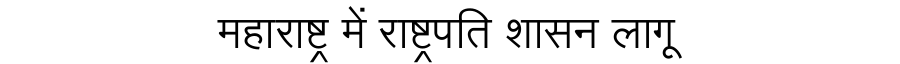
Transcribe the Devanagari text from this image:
महाराष्ट्र में राष्ट्रपति शासन लागू